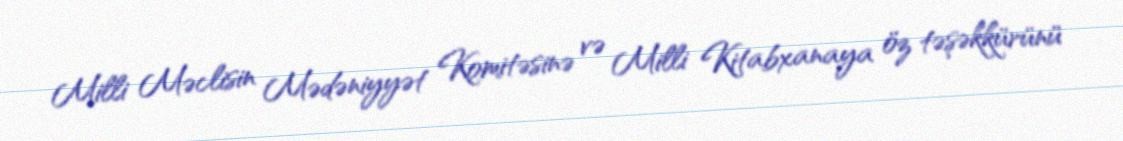
Milli Məclisin Mədəniyyət Komitəsinə və Milli Kitabxanaya öz təşəkkürünü